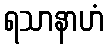
ရသာနာဟံ